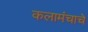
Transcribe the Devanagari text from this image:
कलामंचाचे